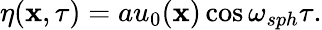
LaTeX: \eta(\mathbf{x},\tau)=au_{0}(\mathbf{x})\cos\omega_{sph}\tau.